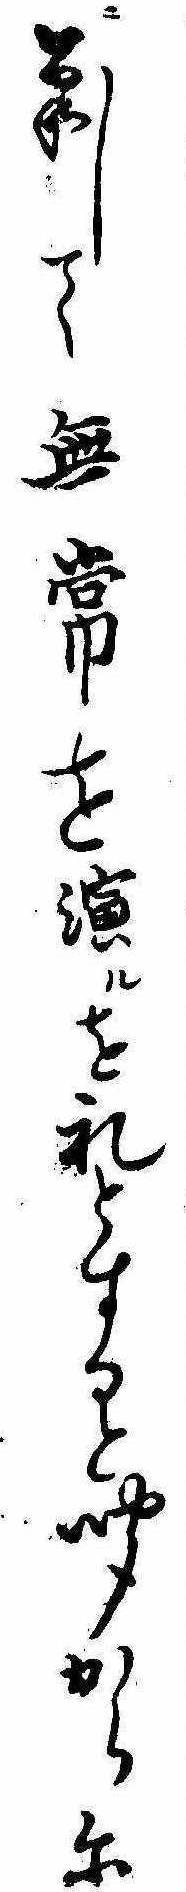
に対して無常を演ルを礼とすると聞からに